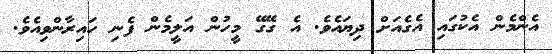
އެންމެން އެކުގައި އެގެއަށް ދިޔައެވެ. އެ ގޭގޭ މީހުން އަލީމެން ފެނި ހައިރާންވިއެވެ.